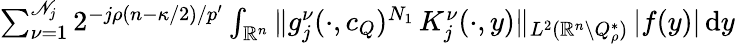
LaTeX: \begin{array}{r}{\sum_{\nu=1}^{\mathscr N_{j}}2^{-j\rho(n-\kappa/2)/p^{\prime}}\int_{\mathbb{R}^{n}}\| g_{j}^{\nu}(\cdot,c_{Q})^{N_{1}}\, K_{j}^{\nu}(\cdot,y)\| _{L^{2}(\mathbb{R}^{n}\setminus Q_{\rho}^{*})}\, |f(y)|\, \mathrm{d}y}\end{array}